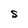
Character: S